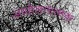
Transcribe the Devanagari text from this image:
अवहेलनात्मक